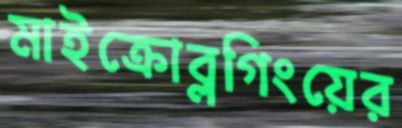
মাইক্রোব্লগিংয়ের